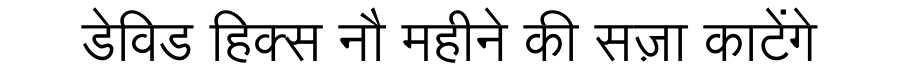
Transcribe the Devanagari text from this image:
डेविड हिक्स नौ महीने की सज़ा काटेंगे